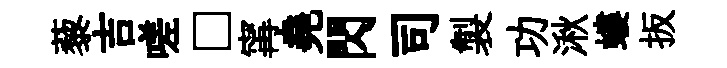
藜吉嗟□𡩋堯閃司製功湫螻扳